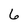
Character: 6